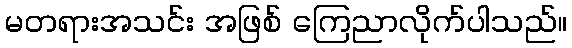
မတရားအသင်း အဖြစ် ကြေညာလိုက်ပါသည်။